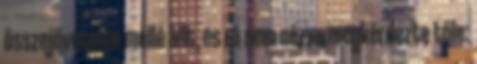
összejövetelen mellé állt, és rá sem nézve megkérdezte tőle: